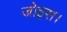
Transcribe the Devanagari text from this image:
जोइस।